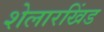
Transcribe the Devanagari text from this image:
शेलारखिंड